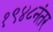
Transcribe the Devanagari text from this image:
१९४८नंतर